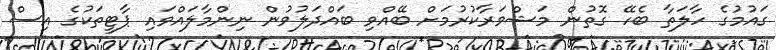
ގައުމުގެ ހާލަތާ ބެހޭ ގޮތުން މަޝްވަރާކުރުމަށް ބޭއްވި ބައްދަލުވުން ނިންމާލައްވައި ޕާޓީތަކުގެ އިސް